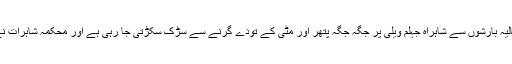
تفصیلات کے مطابق حالیہ بارشوں سے شاہراہ جہلم ویلی پر جگہ جگہ پتھر اور مٹی کے تودے گرنے سے سڑک سکڑتی جا رہی ہے اور محکمہ شاہرات نے چپ سادھ رکھی ہے۔